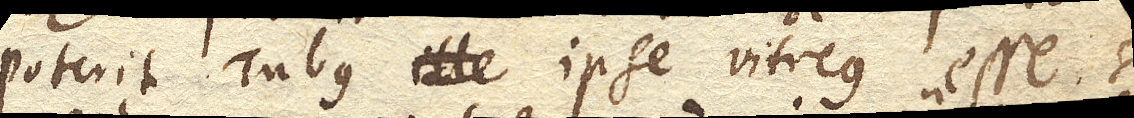
poterit Tubus ille ipse vitreus esse si